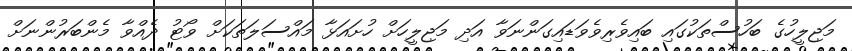
މަޖިލީހުގެ ބަހުސްތަކުގައި ބައިވެރިވެވަޑައިގަންނަވާ އަދި މަޖިލީހަށް ހުށައަޅާ މައްސަލަތަކަށް ވޯޓު ދެއްވާ މެންބަރުންނަށް